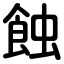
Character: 蝕